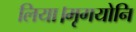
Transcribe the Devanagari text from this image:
लिया।मृगयोनि